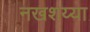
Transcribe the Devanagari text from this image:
नखशय्या